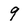
Character: 9